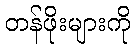
တန်ဖိုးများကို